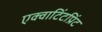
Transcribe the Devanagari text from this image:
एक्वाटिंटप्रिंट